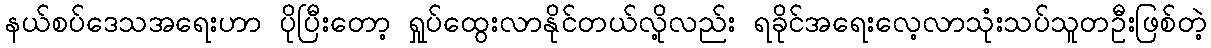
နယ်စပ်ဒေသအရေးဟာ ပိုပြီးတော့ ရှုပ်ထွေးလာနိုင်တယ်လို့လည်း ရခိုင်အရေးလေ့လာသုံးသပ်သူတဦးဖြစ်တဲ့